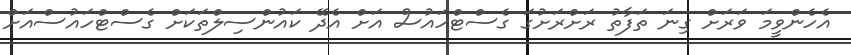
އެހެންވީމަ ވަރަށް ގިނަ ތަފާތު ރަށްރަށުގަ ގެސްޓްހައުސް އަށް އެދޭ ކައުންސިލްތަކަށް ގެސްޓްހައުސްއަށް